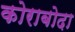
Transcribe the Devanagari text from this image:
कोराबोदा